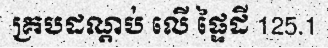
គ្របដណ្តប់ លើ ផ្ទៃដី 125.1